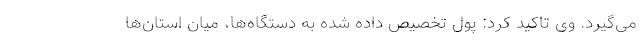
می‌گیرد. وی تاکید کرد: پول تخصیص داده شده به دستگاه‌ها، میان استان‌ها